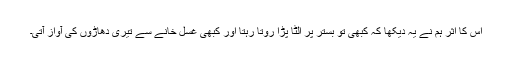
اس کا اثر ہم نے یہ دیکھا کہ کبھی تو بستر پر الٹا پڑا روتا رہتا اور کبھی غسل خانے سے تیری دھاڑوں کی آواز آتی۔